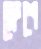
ক্লেশে